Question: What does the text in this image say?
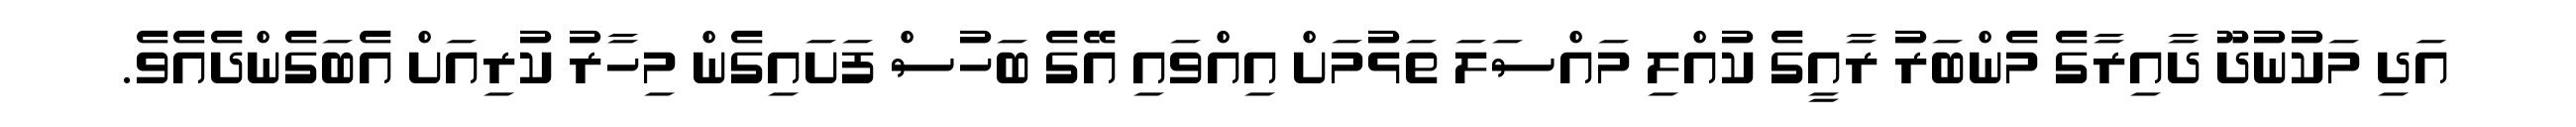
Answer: އަދި މަކުނުދޫ ދާއިރާގެ މެންބަރު ރާއީގެ ކުއްލި މައްސަލަ ތަޅުމަށް އިއްވައި އޭގެ ބަހުސް ފަށައިގެން މިހާރު ކުރިއަށް އެބަގެންދެއެވެ.